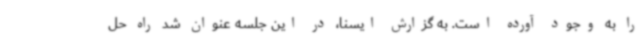
را به وجود آورده است. به گزارش ایسنا، در این جلسه عنوان شد راه حل